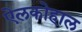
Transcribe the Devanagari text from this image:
ऐलकोहाल